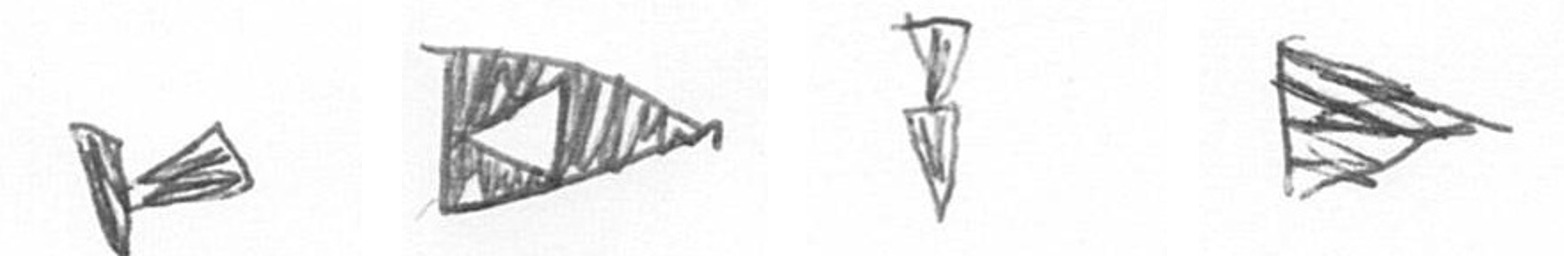
F K Z T